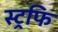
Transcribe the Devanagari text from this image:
स्ट्रफि